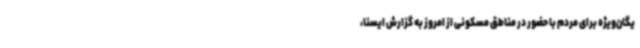
یگان‌ویژه برای مردم با حضور در مناطق مسکونی از امروز به گزارش ایسنا،